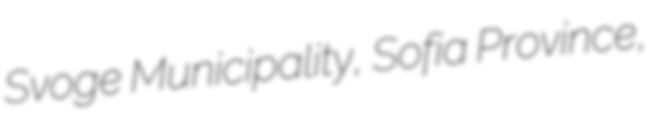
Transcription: Svoge Municipality, Sofia Province,